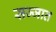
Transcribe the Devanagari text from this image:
सज्जात